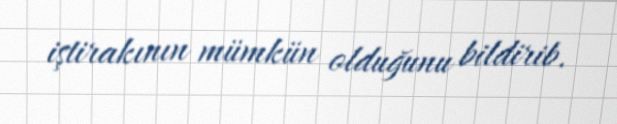
iştirakının mümkün olduğunu bildirib.